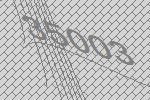
35003